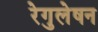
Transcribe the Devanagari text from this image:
रेगुलेषन